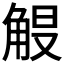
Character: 𮗭